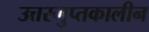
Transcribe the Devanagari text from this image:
उत्तरगुप्तकालीन